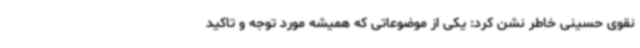
نقوی حسینی خاطر نشن کرد: یکی از موضوعاتی که همیشه مورد توجه و تاکید